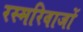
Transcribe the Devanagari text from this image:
रस्मरिवाजों